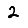
Digit: 2